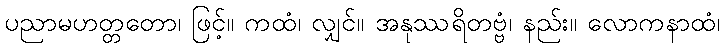
ပညာမဟတ္တတော၊ ဖြင့်။ ကထံ၊ လျှင်။ အနုဿရိတဗ္ဗံ၊ နည်း။ လောကနာထံ၊